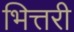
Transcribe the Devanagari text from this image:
भित्तरी